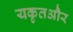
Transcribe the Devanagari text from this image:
यकृतऔर